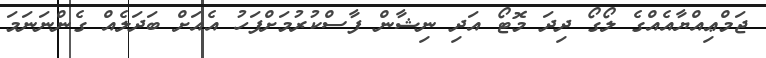
ޖަމްޢިއްޔާއެއްގެ ލޯގޯ ދިދަ މޮޓޯ އަދި ނިޝާން ފާސްކުރުމަށްފަހު އެއަށް ބަދަލެއް ގެންނަނަމަ